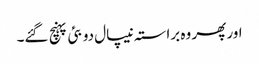
اور پھر وہ براستہ نیپال دوبئی پہنچ گئے۔